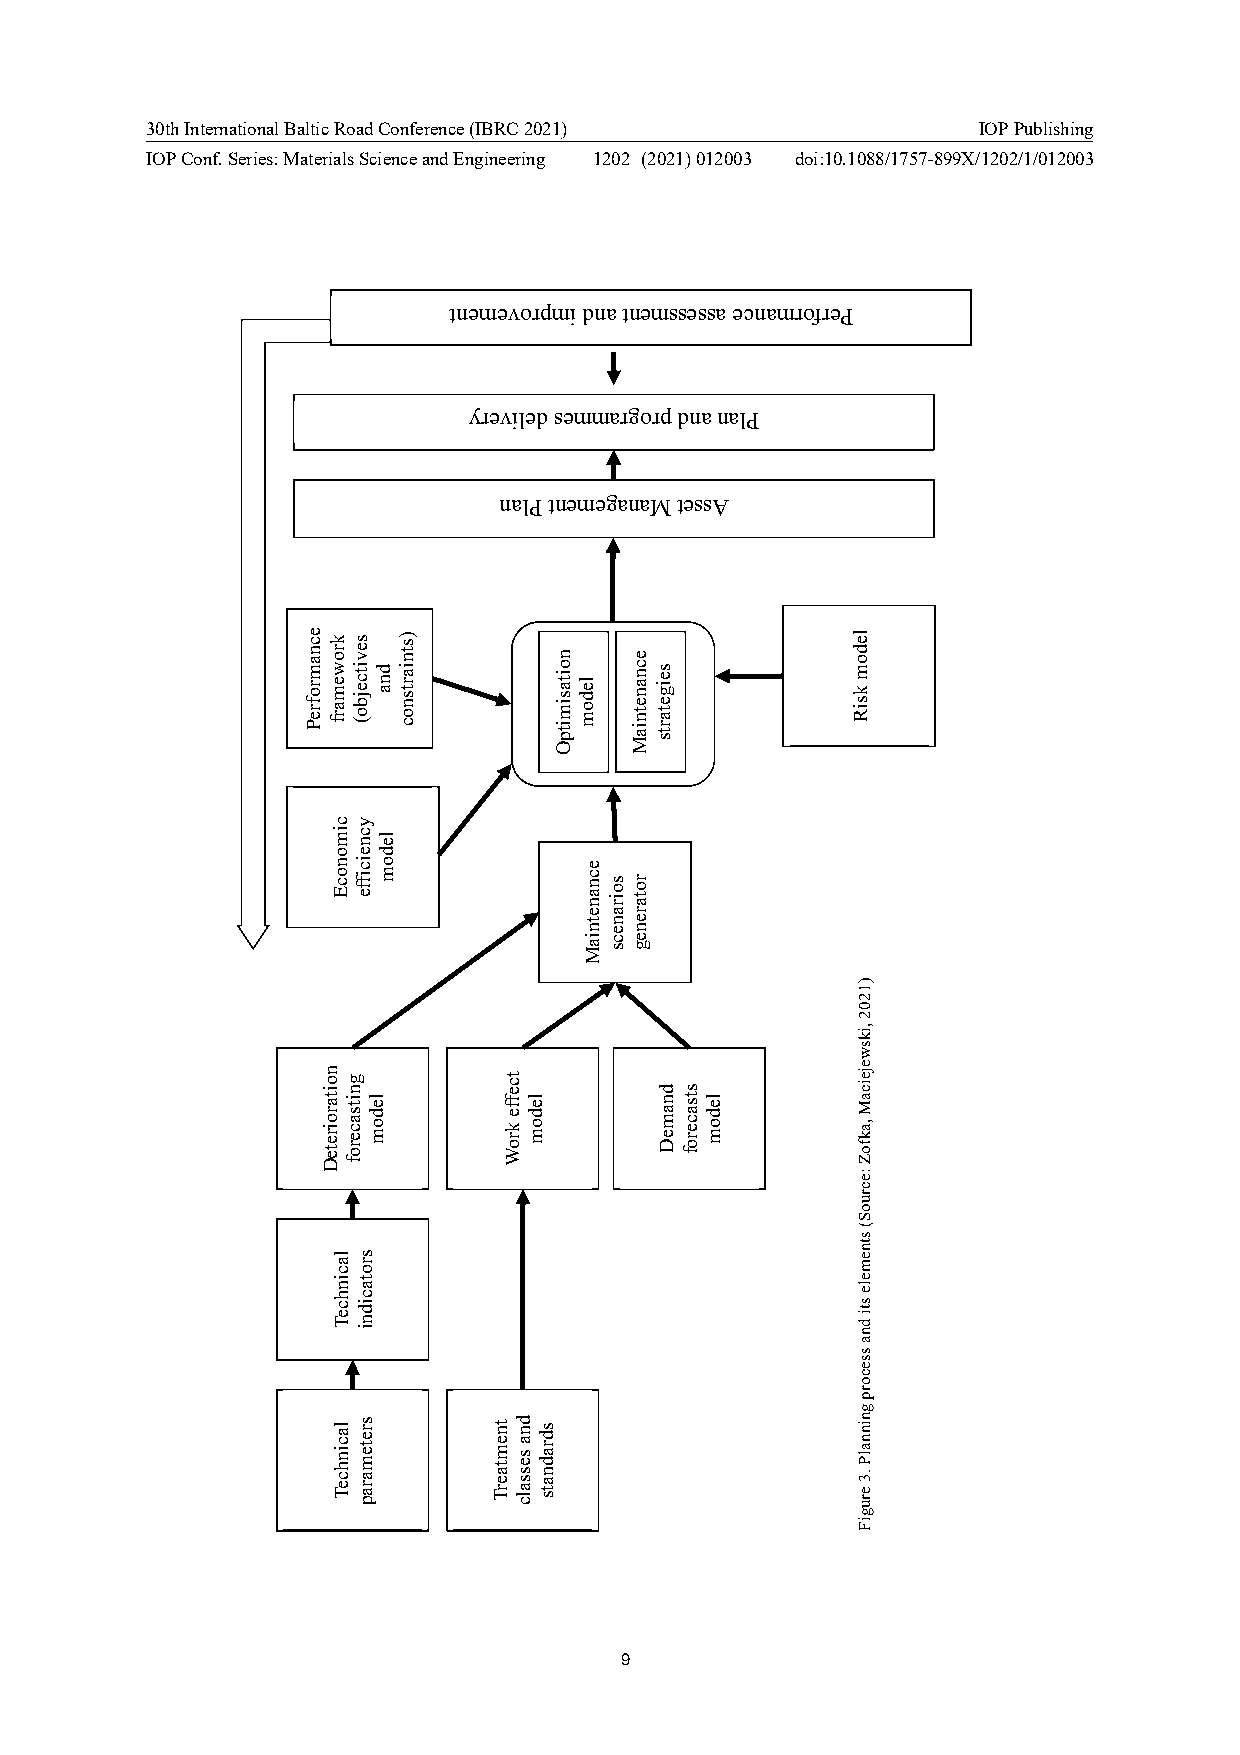
30th International Baltic Road Conference (IBRC 2021)  IOP Publishing
 IOP Conf. Series: Materials Science and Engineering 1202 (2021) 012003 doi:10.1088/1757-899X/1202/1/012003
 tnemevorpmi dna tnemssessa ecnamrofreP
 yreviled semmargorp dna nalP
 nalP tnemeganaM tessA
 9
 ecnamrofreP
 noitaroireteD
 krowemarf
 cimonocE
 lacinhceT
 lacinhceT
 gnitsacerof
 sevitcejbo(
 ycneiciffe
 srotacidni
 sretemarap
 ledom
 dna
 ledom
 )stniartsnoc
 tnemtaerT
 tceffe
 kroW
 dna
 sessalc
 ledom
 sdradnats
 nnooiittaassiimmiittppOO
 lleeddoomm
 ecnanetniaM
 soiranecs
 eeccnnaanneettnniiaaMM
 rotareneg
 sseeiiggeettaarrttss
 dnameD stsacerof
 ledom
 ledom
 ksiR
 )1202
 ,ikswejeicaM
 ,akfoZ
 :ecruoS(
 stnemele
 sti
 dna
 ssecorp
 gninnalP
 .3
 erugiF